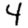
Digit: 4